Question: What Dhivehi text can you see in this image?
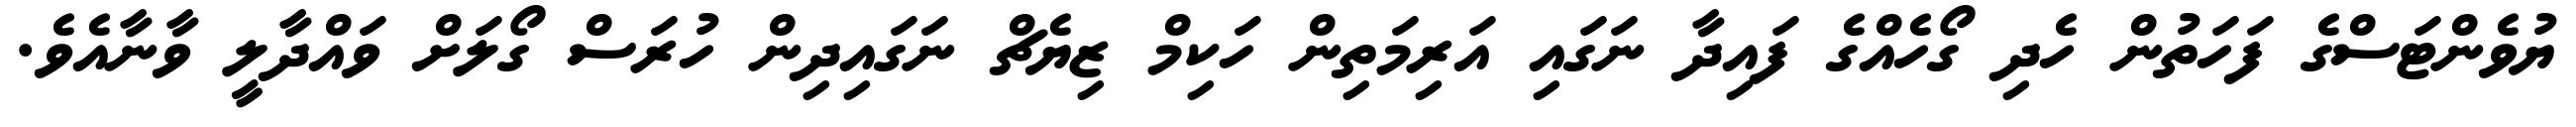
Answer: ޔުވެންޓަސްގެ ފަހަތުން ހެދި ގޯހެއްގެ ފައިދާ ނަގައި އަރިމަތިން ހަކިމް ޒިޔެޗް ނަގައިދިން ހުރަސް ގޯލަށް ވައްދާލީ ވާނާއެވެ.